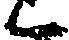
候